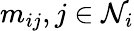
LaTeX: {m_{ij},j\in\mathcal{N}_{i}}